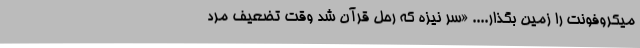
میکروفونت را زمین بگذار.... «سرِ نیزه که رحل قرآن شد وقت تضعیف مرد